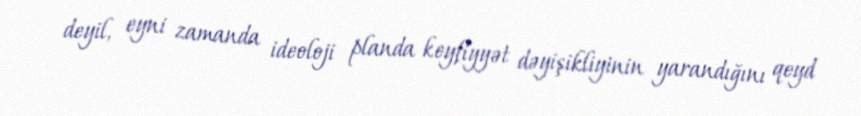
deyil, eyni zamanda ideoloji planda keyfiyyət dəyişikliyinin yarandığını qeyd